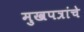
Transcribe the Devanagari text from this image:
मुखपत्रांचे